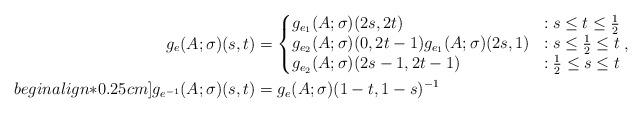
LaTeX: \begin{align*}g_{e}(A;\sigma)(s,t) & = \left\{\begin{matrix*}[l] g_{e_{1}}(A;\sigma)(2s,2t) & : s\leq t\leq\tfrac{1}{2} \\ g_{e_{2}}(A;\sigma)(0,2t-1)g_{e_{1}}(A;\sigma)(2s,1) & : s\leq\tfrac{1}{2}\leq t \\ g_{e_{2}}(A;\sigma)(2s-1,2t-1) & : \tfrac{1}{2}\leq s\leq t \end{matrix*}\right., \\begin{align*}0.25cm] g_{e^{-1}}(A;\sigma)(s,t) & = g_{e}(A;\sigma)(1-t,1-s)^{-1}\end{align*}